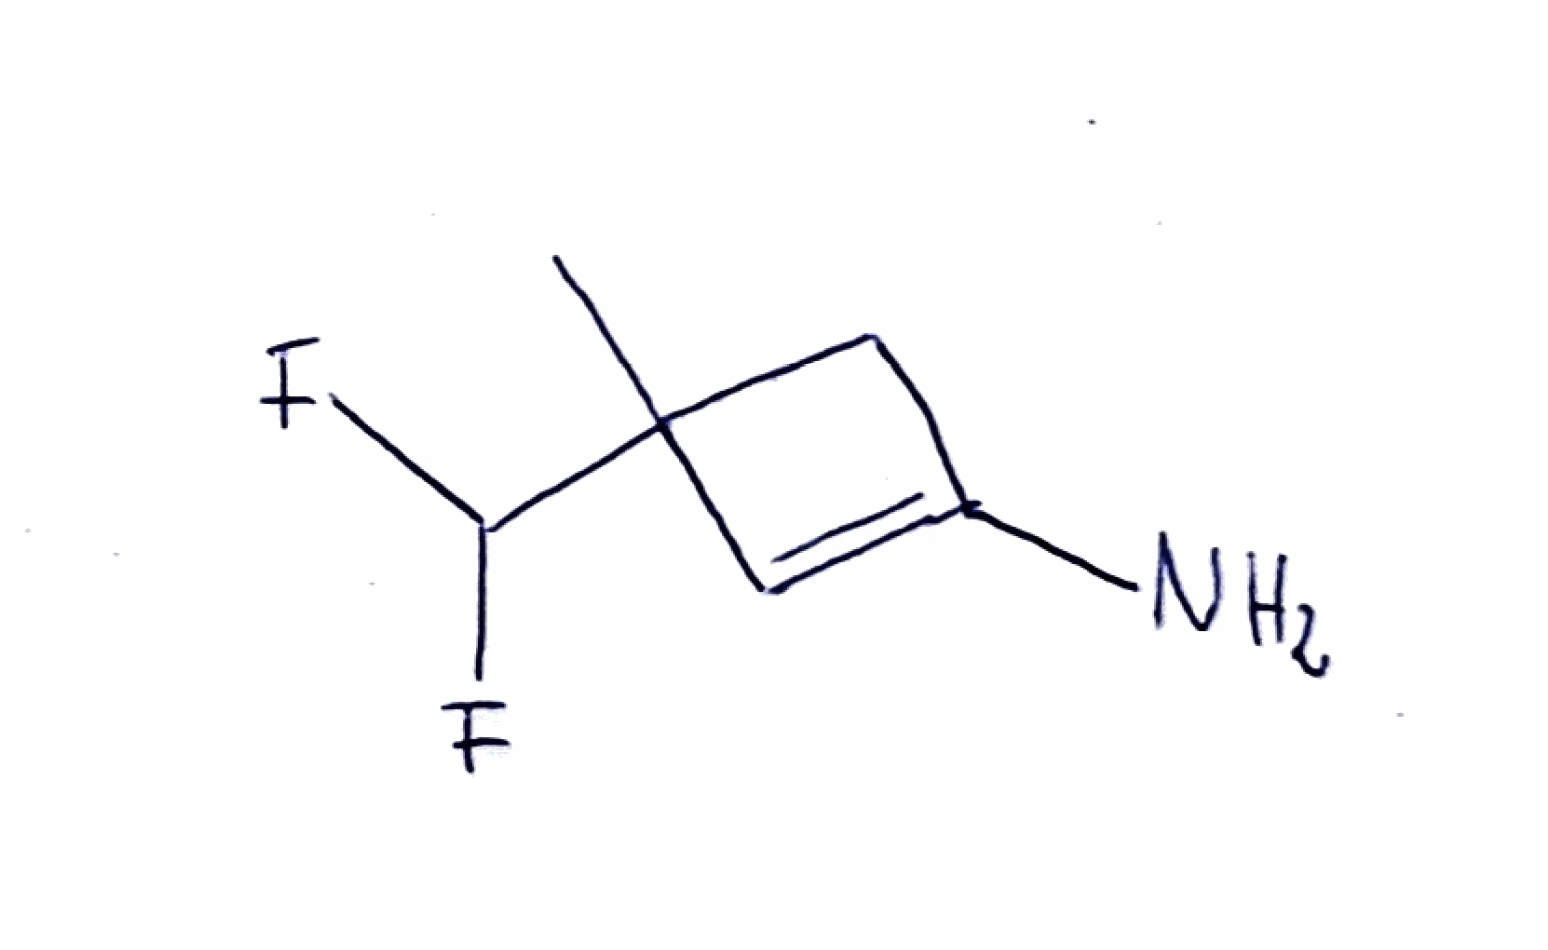
Simplified molecular-input line-entry system (SMILES) notation of the given molecule:
CC1(CC(=C1)N)C(F)F